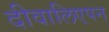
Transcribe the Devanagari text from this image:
दीवालिएपन